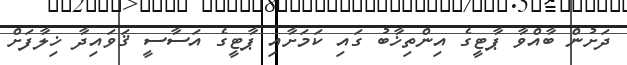
ދަށުން ބާއްވާ ޕާޓީގެ އިންތިޚާބު ގައި ކަމަށާއި ޕާޓީގެ އަސާސީ ޤަވައިދާ ޚިލާފަށް